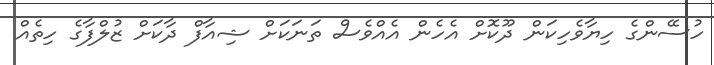
ހުސޭންގެ ހިޔާވެހިކަން ދޫކޮށް އެހެން އެއްވެސް ތަނަކަށް ޝިއާފް ދާކަށް ޒުލްފާގެ ހިތެއް